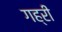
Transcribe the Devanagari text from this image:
गह्री